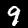
Label: 9